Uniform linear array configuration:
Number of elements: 64
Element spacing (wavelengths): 0.25
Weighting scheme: hann
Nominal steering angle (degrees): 30
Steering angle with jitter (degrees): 28.912
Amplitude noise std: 0.05
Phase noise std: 0.05

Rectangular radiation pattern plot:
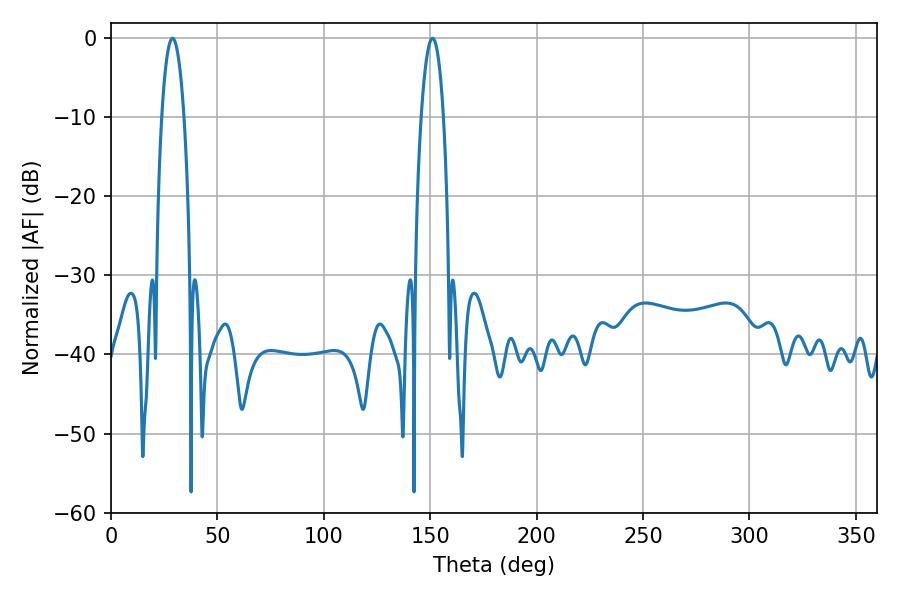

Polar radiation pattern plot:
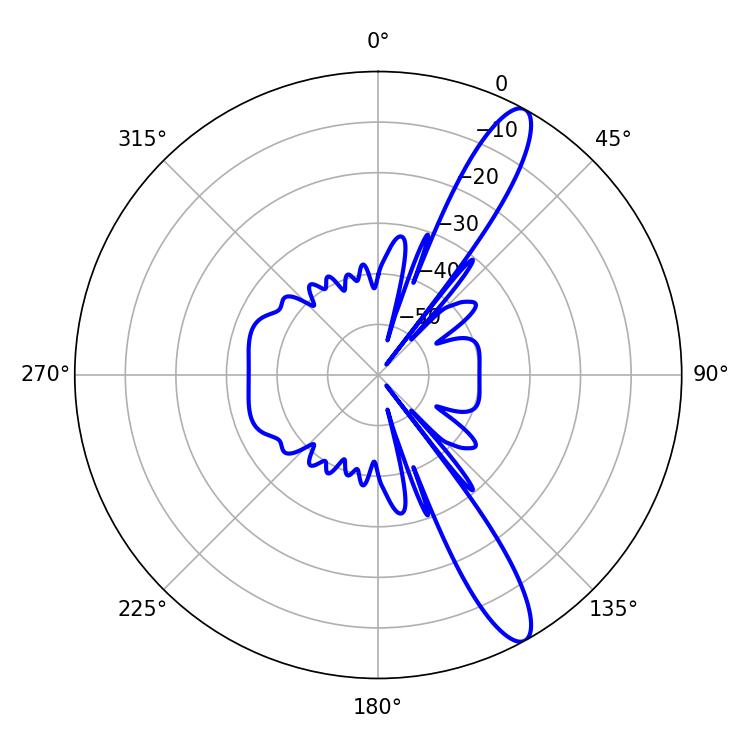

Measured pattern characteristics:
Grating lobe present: FALSE
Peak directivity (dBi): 12.789
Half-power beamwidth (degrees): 5.76
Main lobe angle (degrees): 28.98